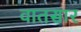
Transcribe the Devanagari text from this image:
वातसार